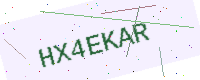
Text: HX4EKAR